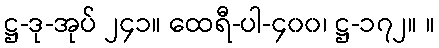
ဋ္ဌ-ဒု-အုပ် ၂၄၁။ ထေရီ-ပါ-၄၀၀၊ ဋ္ဌ-၁၇၂။ ။